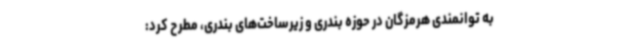
به توانمندی هرمزگان در حوزه بندری و زیرساخت‌های بندری، مطرح کرد: